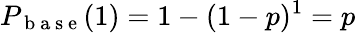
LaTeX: P_{\mathrm{~b~a~s~e~}}(1)=1-(1-p)^{1}=p